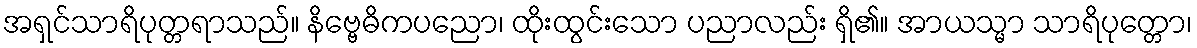
အရှင်သာရိပုတ္တရာသည်။ နိဗ္ဗေဓိကပညော၊ ထိုးထွင်းသော ပညာလည်း ရှိ၏။ အာယသ္မာ သာရိပုတ္တော၊